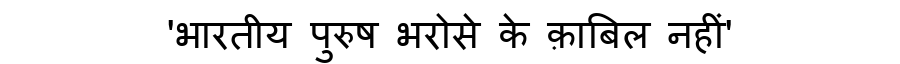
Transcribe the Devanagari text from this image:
'भारतीय पुरुष भरोसे के क़ाबिल नहीं'